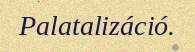
Palatalizáció.